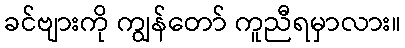
ခင်ဗျားကို ကျွန်တော် ကူညီရမှာလား။